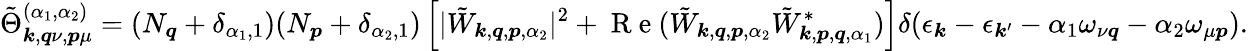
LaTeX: \tilde{\Theta}_{\boldsymbol{k},\boldsymbol{q}\nu,\boldsymbol{p}\mu}^{(\alpha_{1},\alpha_{2})}=(N_{\boldsymbol{q}}+\delta_{\alpha_{1},1})(N_{\boldsymbol{p}}+\delta_{\alpha_{2},1})\left[|\tilde{W}_{\boldsymbol{k},\boldsymbol{q},\boldsymbol{p},\alpha_{2}}|^{2}+\mathrm{~R~e~}(\tilde{W}_{\boldsymbol{k},\boldsymbol{q},\boldsymbol{p},\alpha_{2}}\tilde{W}_{\boldsymbol{k},\boldsymbol{p},\boldsymbol{q},\alpha_{1}}^{*})\right]\delta(\epsilon_{\boldsymbol{k}}-\epsilon_{\boldsymbol{k}^{\prime}}-\alpha_{1}\omega_{\nu\boldsymbol{q}}-\alpha_{2}\omega_{\mu\boldsymbol{p}}).